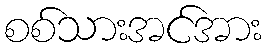
စစ်သားအင်အား